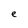
Character: e